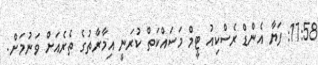
17:58: ފަޔާ އެންޑް ރެސްކިއު ޓީމް މަސައްކަތް ކުރަނީ އިމާރާތުގެ ތެރެއަށް ވަނުމަށް.